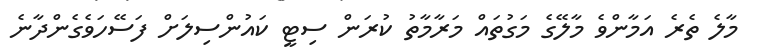
މާލެ ތެރެ އަމާންވެ މާލޭގެ މަގުތައް މަރާމާތު ކުރަން ސިޓީ ކައުންސިލަށް ފަސޭހަވެގެންދާނެ